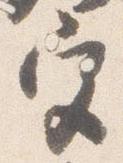
宮